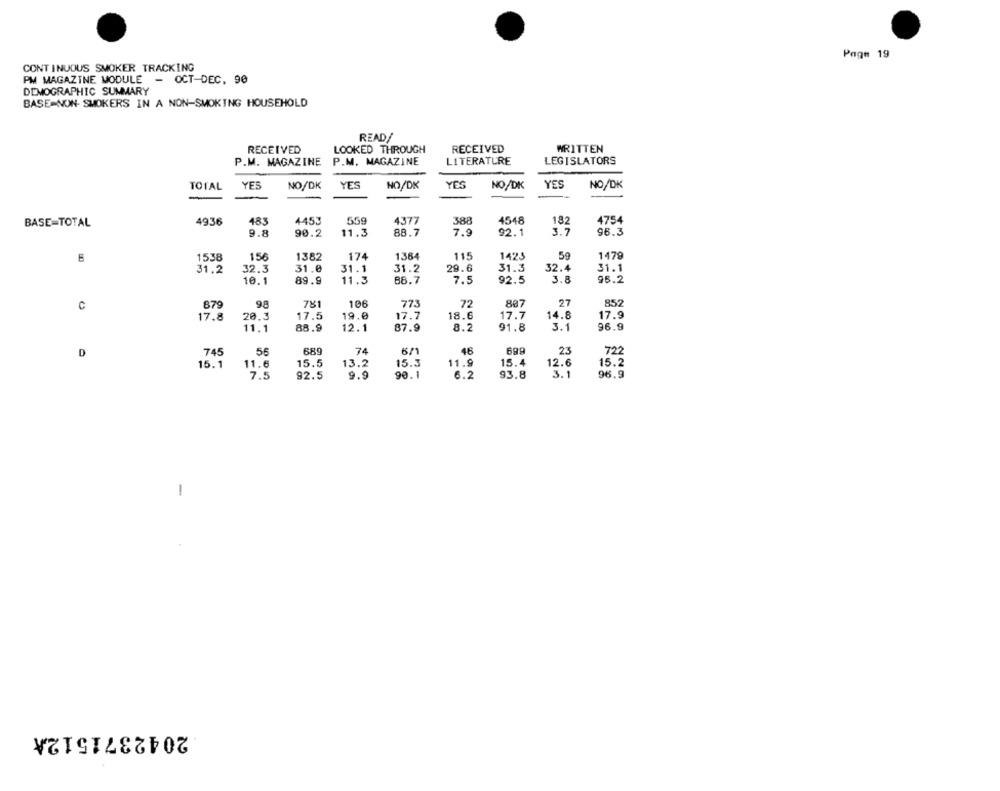
Page 19
CONTINUOUS SMOKER TRACKING
PM MAGAZINE MODULE
- OCT-DEC. 90
DEMOGRAPHIC SUMMARY
BASE NON- SMOKERS IN A NON-SMOKING HOUSEHOLD
READ/
RECEIVED
LOOKED THROUGH
RECEIVED
WRITTEN
P.M. MAGAZINE
P.M. MAGAZINE
LITERATURE
LEGISLATORS
TOTAL
YES
NO/DK
YES
NO/DK
YES
NO/DK
YES
NO/DK
4936
483
4453
55g
4377
388
4548
182
4754
BASE=TOTAL
9.8
90.2
11.3
88.7
7.9
92.1
3.7
96.3
1479
1538
156
1382
174
1364
115
1425
5g
31.2
32.3
31.0
31.1
31.2
29.6
31.3
32.4
31.1
10.1
89.9
11.3
88.7
7.5
92.5
3.8
96.2
72
27
852
C
879
781
106
773
807
17.8
20.3
17.5
19.0
18.6
17.7
14.8
17.9
17.7
11.1
88.9
12.1
87.9
8.2
91.8
3.1
96.9
46
23
D
745
56
689
74
6/1
722
15.1
15.5
13.2
15.3
11.9
15.4
12.6
15.2
11.
7.5
92.5
9.9
90.1
6.2
93.8
3.1
96.9
-
2042371512A